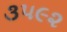
૩૫૯૨